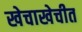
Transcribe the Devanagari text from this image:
खेचाखेचीत